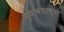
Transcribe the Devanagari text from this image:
न्यावयाच्या